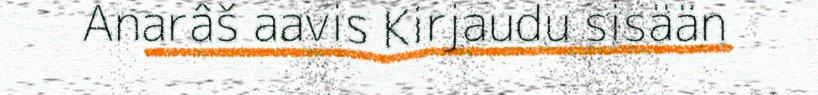
Anarâš aavis Kirjaudu sisään